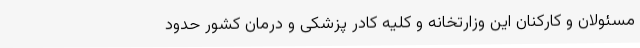
مسئولان و کارکنان این وزارتخانه و کلیه کادر پزشکی و درمان کشور حدود